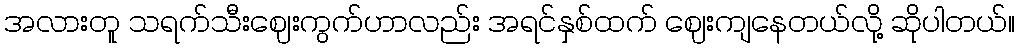
အလားတူ သရက်သီးဈေးကွက်ဟာလည်း အရင်နှစ်ထက် ဈေးကျနေတယ်လို့ ဆိုပါတယ်။